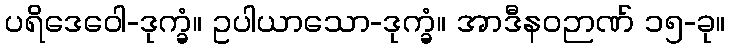
ပရိဒေဝေါ-ဒုက္ခံ။ ဥပါယာသော-ဒုက္ခံ။ အာဒီနဝဉာဏ် ၁၅-ခု။